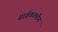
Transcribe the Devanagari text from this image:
सार्वकालीन